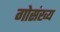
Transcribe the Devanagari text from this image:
गोसंख्य